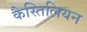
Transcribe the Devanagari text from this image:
कैस्तिलियन